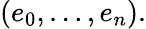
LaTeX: (e_{0},\ldots,e_{n}).